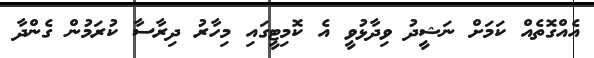
އެއްގޮތެއް ކަމަށް ނަޝީދު ވިދާޅުވީ އެ ކޮމިޓީގައި މިހާރު ދިރާސާ ކުރަމުން ގެންދާ